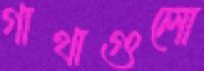
গাথাগুলো